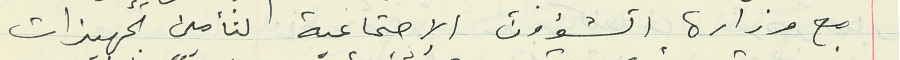
مع وزارة الشؤون الإجتماعية لتأمين تجهيزات